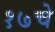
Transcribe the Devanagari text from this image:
१७चे